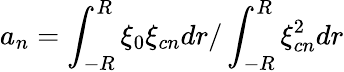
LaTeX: a_{n}=\int_{-R}^{R}\xi_{0}\xi_{cn}dr/\int_{-R}^{R}\xi_{cn}^{2}dr